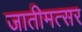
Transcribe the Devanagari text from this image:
जातीमत्सर